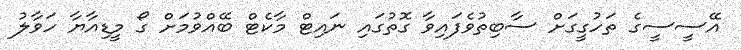
އޭސީސީގެ ތަހުގީގަށް ސާބިތުވެފައިވާ ގޮތުގައި ނައިޓް މާކެޓް ބޭއްވުމަށް ގޯ މީޑިއާޔާ ހަވާލު